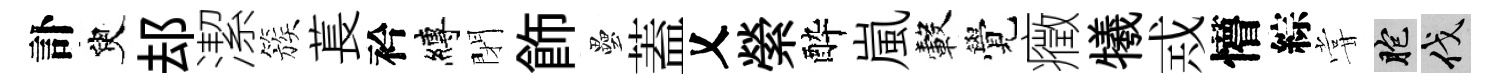
訃臾𨚫潔簇萇衿縛閉飾壘蓋乂縈酔嵐轂覺癥犧𢦶懵綜甞胞伐